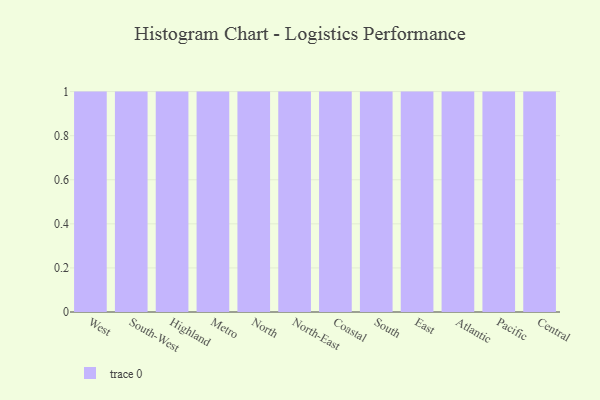
{"axis": {"x": "Region", "y": "Net Income (USD K)"}, "legend": [""], "data": [{"x": "West", "y": 97, "type": ""}, {"x": "South-West", "y": 74, "type": ""}, {"x": "Highland", "y": 2, "type": ""}, {"x": "Metro", "y": 24, "type": ""}, {"x": "North", "y": 41, "type": ""}, {"x": "North-East", "y": 66, "type": ""}, {"x": "Coastal", "y": 32, "type": ""}, {"x": "South", "y": 91, "type": ""}, {"x": "East", "y": 55, "type": ""}, {"x": "Atlantic", "y": 82, "type": ""}, {"x": "Pacific", "y": 79, "type": ""}, {"x": "Central", "y": 71, "type": ""}]}